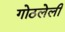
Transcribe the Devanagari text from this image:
गोठलेली